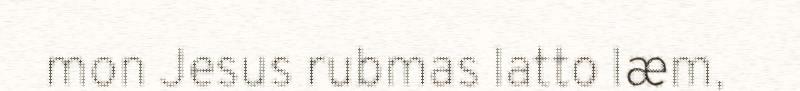
mon Jesus rubmas latto læm,